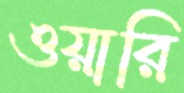
ওয়ারি